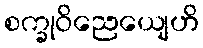
စက္ခုဝိညေယျေဟိ